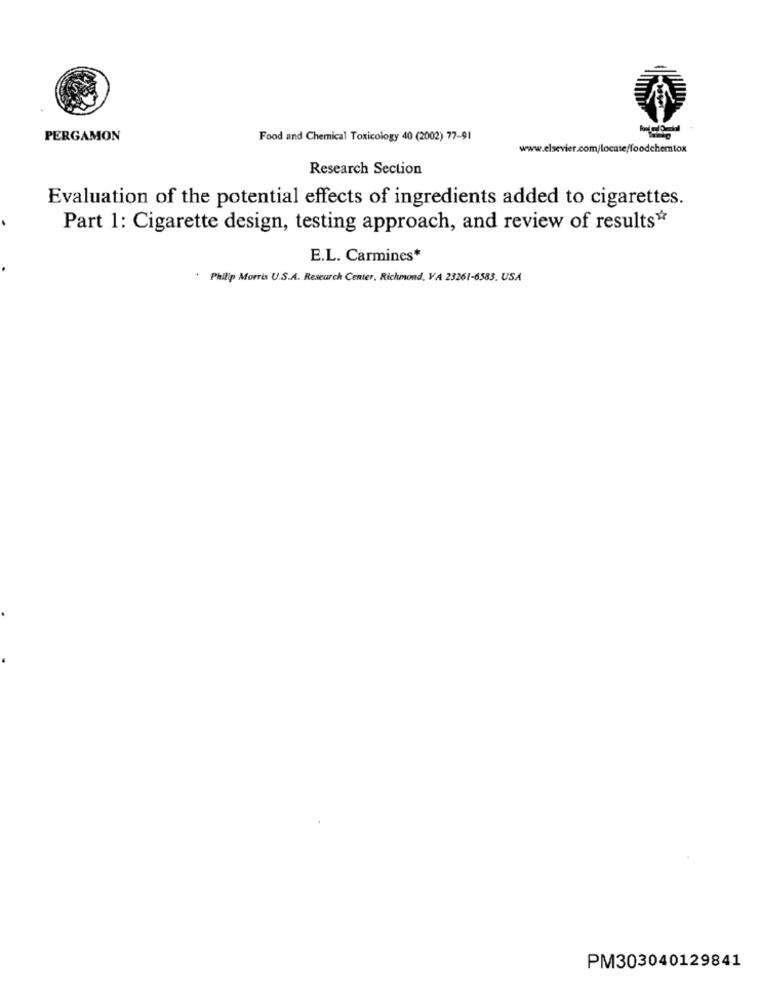
PERGAMON
Food and Chemical Toxicology 40 (2002) 77-91
www.elsevier.com/locate/foodchemtox
Research Section
Evaluation of the potential effects of ingredients added to cigarettes.
Part 1: Cigarette design, testing approach, and review of results*
E.L. Carmines*
* Philip Morris U.S.A. Research Center, Richmond, VA 23261-6583. USA
PM303040129841